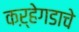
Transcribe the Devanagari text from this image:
कऱ्हेगडाचे